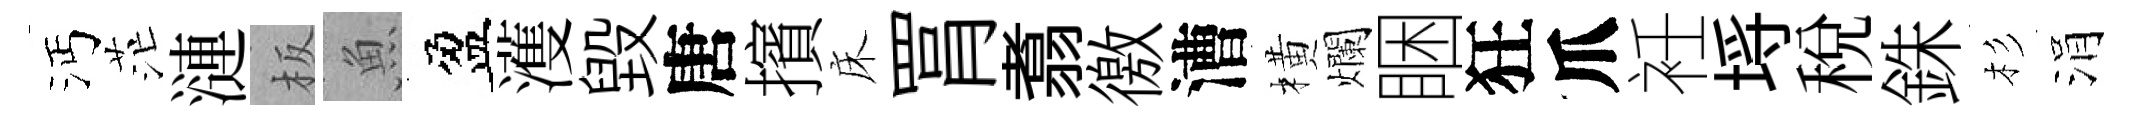
沔茫漣板魚盈濩毀唐擯床罥翥徼漕橫爛睏狂爪衽埓稅銖杉涓